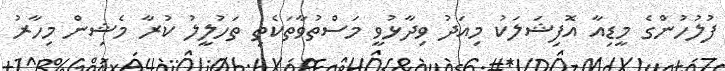
ފުލުހުންގެ މީޑިއާ އޮފިޝަލަކު މިއަދު ވިދާޅުވީ މަސްތުވާތަކެތި ތަހުލީލު ކުރާ މެޝިން މިހާރު